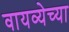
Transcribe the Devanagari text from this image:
वायव्येच्या